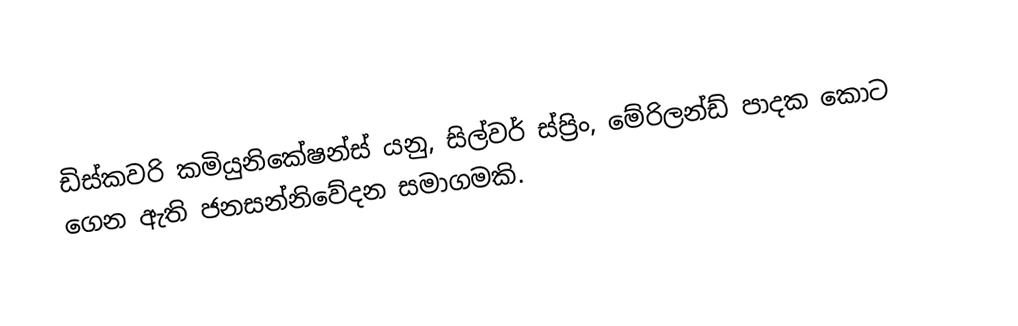
ඩිස්කවරි කමියුනිකේෂන්ස් යනු, සිල්වර් ස්ප්‍රිං, මේරිලන්ඩ් පාදක කොට ගෙන ඇති ජනසන්නිවේදන සමාගමකි.